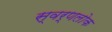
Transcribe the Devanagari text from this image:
स्वर्णलोक